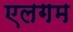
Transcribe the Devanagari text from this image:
एलगम